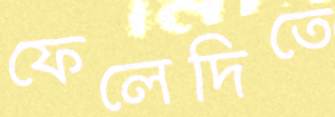
ফেলেদিতে